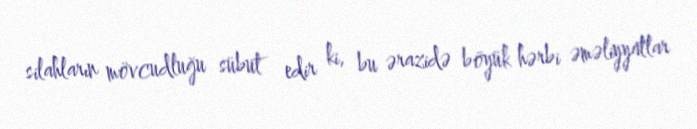
silahların mövcudluğu sübut edir ki, bu ərazidə böyük hərbi əməliyyatlar